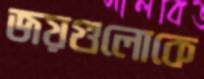
জয়গুলোকে